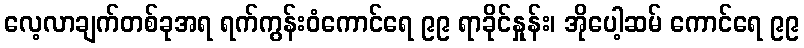
လေ့လာချက်တစ်ခုအရ ရက်ကွန်းဝံကောင်ရေ ၉၉ ရာခိုင်နှုန်း၊ အိုပေါ့ဆမ် ကောင်ရေ ၉၉